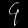
Digit: ၄